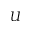
U